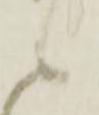
候